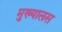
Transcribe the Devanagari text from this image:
मुख्यालस